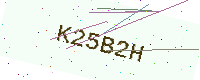
Text: K25B2H